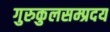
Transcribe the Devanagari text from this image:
गुरुकुलसम्प्रदय